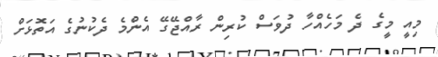
މިއީ މީގެ ދެ މަހެއްހާ ދުވަސް ކުރިން ރާއްޖޭގޭ އެންމެ ދެކުނުގެ އަތޮޅަށް